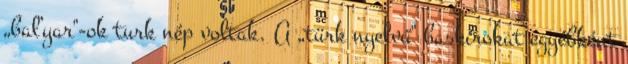
„baľyar"-ok turk nép voltak. A „türk nyelvű" baskírokat egyébként